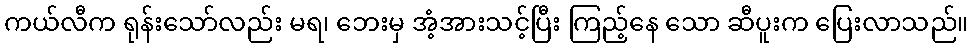
ကယ်လီက ရုန်းသော်လည်း မရ၊ ဘေးမှ အံ့အားသင့်ပြီး ကြည့်နေ သော ဆီပူးက ပြေးလာသည်။